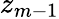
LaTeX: z_{m-1}